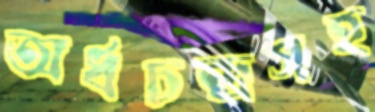
অর্ধচন্দ্রসহ